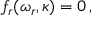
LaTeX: f _ { r } ( \omega _ { r } , \kappa ) = 0 \, ,